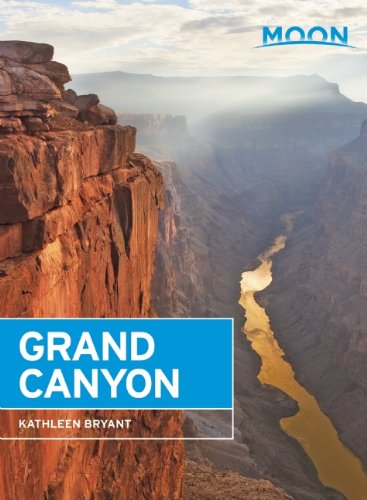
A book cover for Moon Grand Canyon; Kathleen Bryant; Travel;